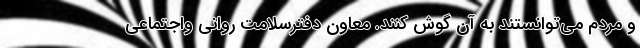
و مردم می‌توانستند به آن گوش کنند. معاون دفترسلامت روانی واجتماعی